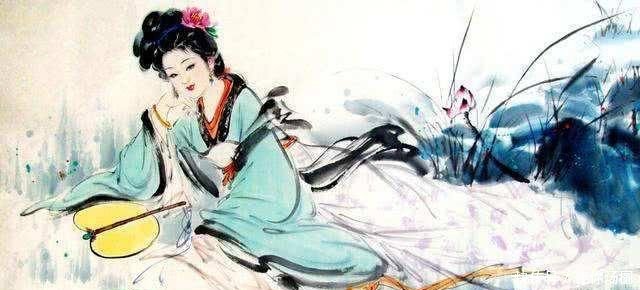
妾身独自眠，月圆人未圆。